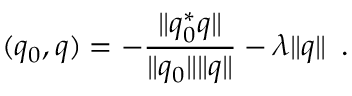
\mathbf \ell ( q _ { 0 } , q ) = - \frac { \| q _ { 0 } ^ { * } q \| } { \| q _ { 0 } \| \| q \| } - \lambda \| q \| \enspace .